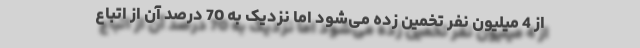
از 4 میلیون نفر تخمین زده می‌شود اما نزدیک به 70 درصد آن از اتباع